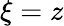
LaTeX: \xi=z